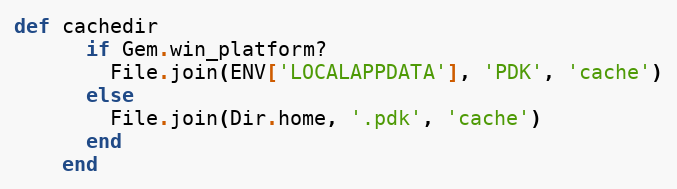
Language: Ruby
def cachedir
      if Gem.win_platform?
        File.join(ENV['LOCALAPPDATA'], 'PDK', 'cache')
      else
        File.join(Dir.home, '.pdk', 'cache')
      end
    end